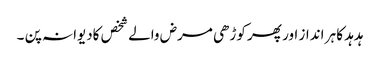
ہدہد کا ہر انداز اور پھر کوڑھی مرض والے شخص کادیوانہ پن ۔